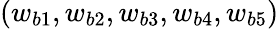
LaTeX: (w_{b1},w_{b2},w_{b3},w_{b4},w_{b5})